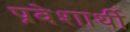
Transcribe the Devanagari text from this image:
प्रवेशार्थी